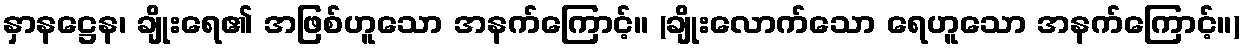
နှာနဋ္ဌေန၊ ချိုးရေ၏ အဖြစ်ဟူသော အနက်ကြောင့်။ (ချိုးလောက်သော ရေဟူသော အနက်ကြောင့်။)